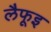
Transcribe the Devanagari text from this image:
लैफूइ